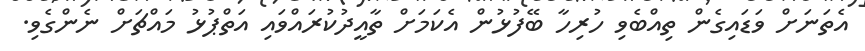
އެތަނަށް ވަޑައިގެން ތިއްބެވި ހުރިހާ ބޭފުޅުން އެކަމަށް ތާއީދުކުރައްވައި އަތްޕުޅު މައްޗަށް ނެންގެވި.